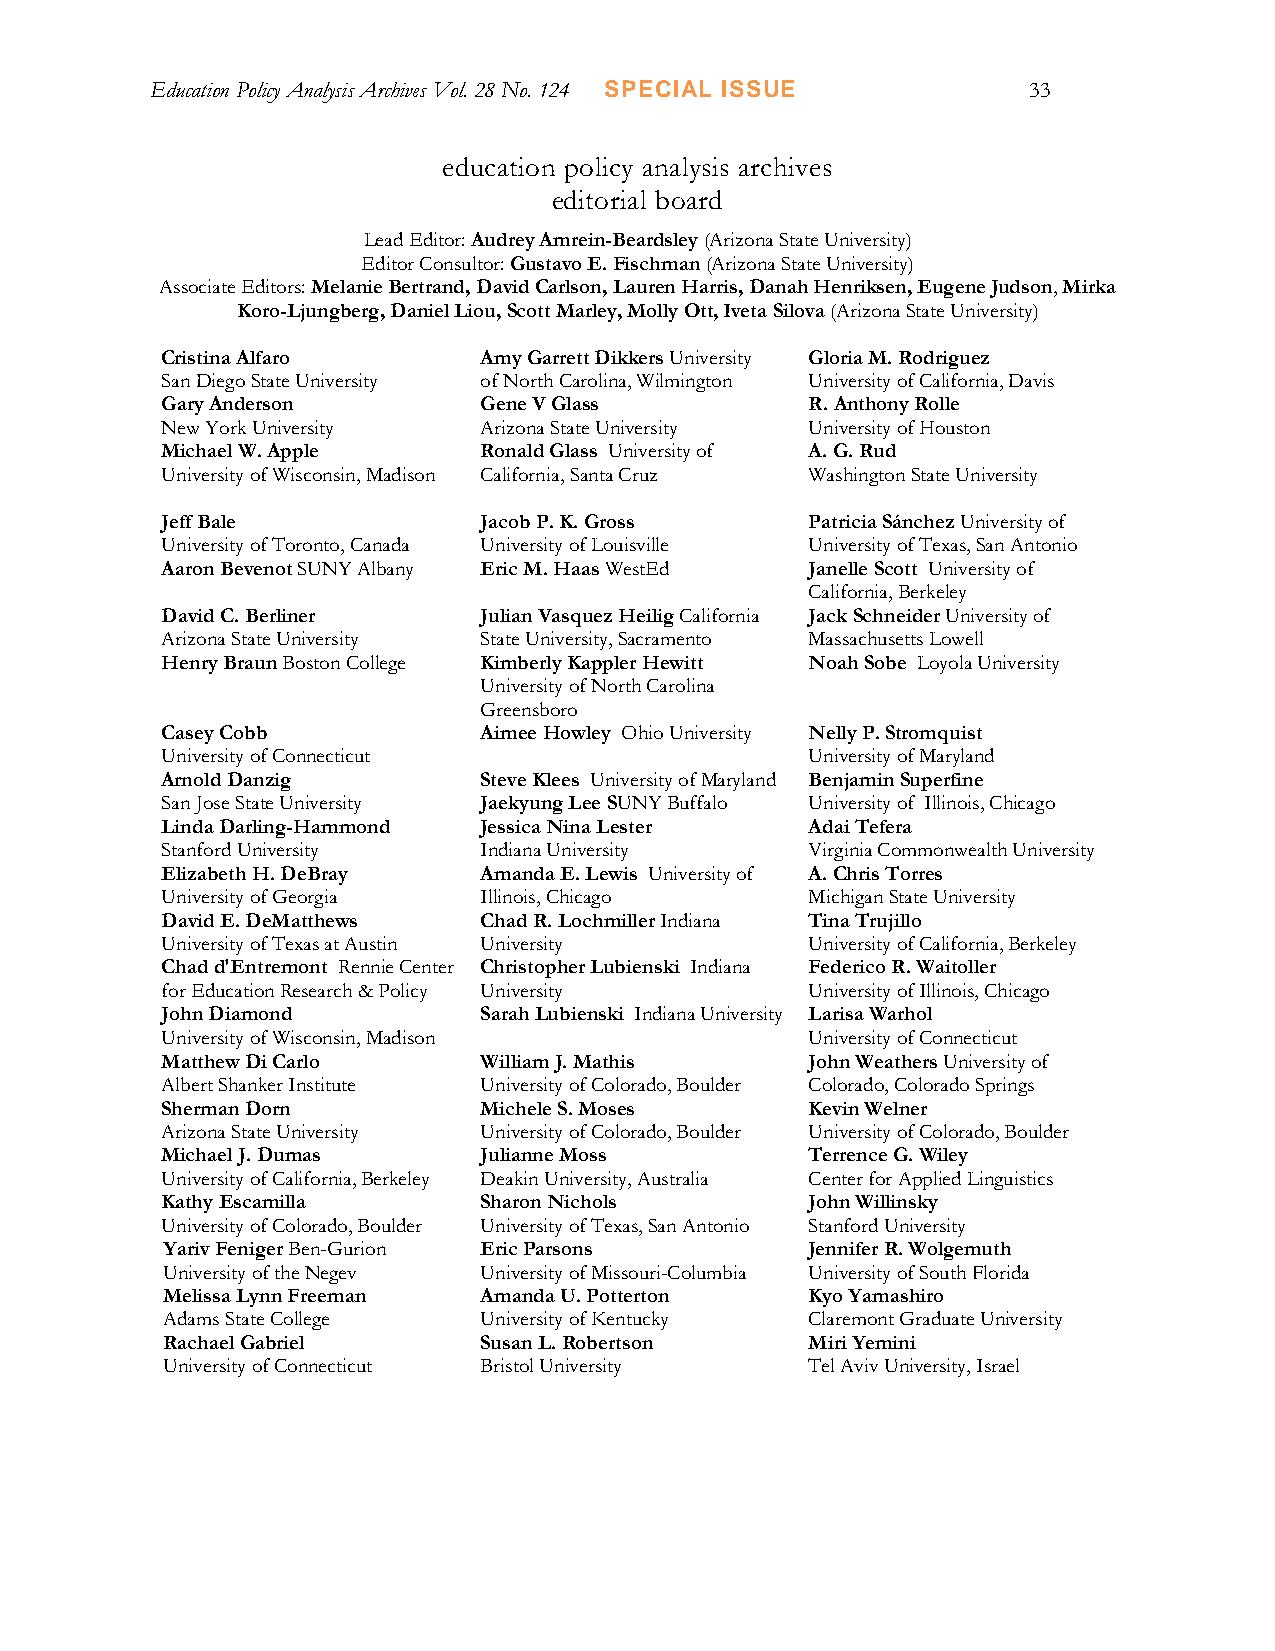
Education Policy Analysis Archives Vol. 28 No. 124 SPECIAL ISSUE 33
 education policy analysis archives
 editorial board
 Lead Editor: Audrey Amrein-Beardsley (Arizona State University)
 Editor Consultor: Gustavo E. Fischman (Arizona State University)
 Associate Editors: Melanie Bertrand, David Carlson, Lauren Harris, Danah Henriksen, Eugene Judson, Mirka
 Koro-Ljungberg, Daniel Liou, Scott Marley, Molly Ott, Iveta Silova (Arizona State University)
 Cristina Alfaro      Amy Garrett Dikkers University Gloria M. Rodriguez
 San Diego State University of North Carolina, Wilmington University of California, Davis
 Gary Anderson        Gene V Glass          R. Anthony Rolle
 New York University  Arizona State University University of Houston
 Michael W. Apple     Ronald Glass University of A. G. Rud
 University of Wisconsin, Madison California, Santa Cruz Washington State University
 Jeff Bale            Jacob P. K. Gross     Patricia Sánchez University of
 University of Toronto, Canada University of Louisville University of Texas, San Antonio
 Aaron Bevenot SUNY Albany Eric M. Haas WestEd Janelle Scott University of
 California, Berkeley
 David C. Berliner    Julian Vasquez Heilig California Jack Schneider University of
 Arizona State University State University, Sacramento Massachusetts Lowell
 Henry Braun Boston College Kimberly Kappler Hewitt Noah Sobe Loyola University
 University of North Carolina
 Greensboro
 Casey Cobb           Aimee Howley Ohio University Nelly P. Stromquist
 University of Connecticut                  University of Maryland
 Arnold Danzig        Steve Klees University of Maryland Benjamin Superfine
 San Jose State University Jaekyung Lee SUNY Buffalo University of Illinois, Chicago
 Linda Darling-Hammond Jessica Nina Lester  Adai Tefera
 Stanford University  Indiana University    Virginia Commonwealth University
 Elizabeth H. DeBray  Amanda E. Lewis University of A. Chris Torres
 University of Georgia Illinois, Chicago    Michigan State University
 David E. DeMatthews  Chad R. Lochmiller Indiana Tina Trujillo
 University of Texas at Austin University   University of California, Berkeley
 Chad d'Entremont Rennie Center Christopher Lubienski Indiana Federico R. Waitoller
 for Education Research & Policy University University of Illinois, Chicago
 John Diamond         Sarah Lubienski Indiana University Larisa Warhol
 University of Wisconsin, Madison           University of Connecticut
 Matthew Di Carlo     William J. Mathis     John Weathers University of
 Albert Shanker Institute University of Colorado, Boulder Colorado, Colorado Springs
 Sherman Dorn         Michele S. Moses      Kevin Welner
 Arizona State University University of Colorado, Boulder University of Colorado, Boulder
 Michael J. Dumas     Julianne Moss         Terrence G. Wiley
 University of California, Berkeley Deakin University, Australia Center for Applied Linguistics
 Kathy Escamilla      Sharon Nichols        John Willinsky
 University of Colorado, Boulder University of Texas, San Antonio Stanford University
 Yariv Feniger Ben-Gurion Eric Parsons      Jennifer R. Wolgemuth
 University of the Negev University of Missouri-Columbia University of South Florida
 Melissa Lynn Freeman Amanda U. Potterton   Kyo Yamashiro
 Adams State College  University of Kentucky Claremont Graduate University
 Rachael Gabriel      Susan L. Robertson    Miri Yemini
 University of Connecticut Bristol University Tel Aviv University, Israel